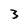
Character: 3